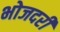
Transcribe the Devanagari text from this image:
भोजदरी